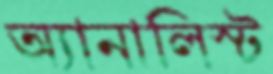
অ্যানালিস্ট